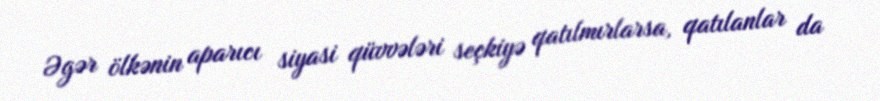
Əgər ölkənin aparıcı siyasi qüvvələri seçkiyə qatılmırlarsa, qatılanlar da